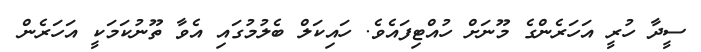
ސީދާ ހުރީ އަހަރެންގެ މޫނަށް ހުއްޓިފައެވެ. ހައިކަލް ބެލުމުގައި އެވާ ތޫނުކަމަކީ އަހަރެން